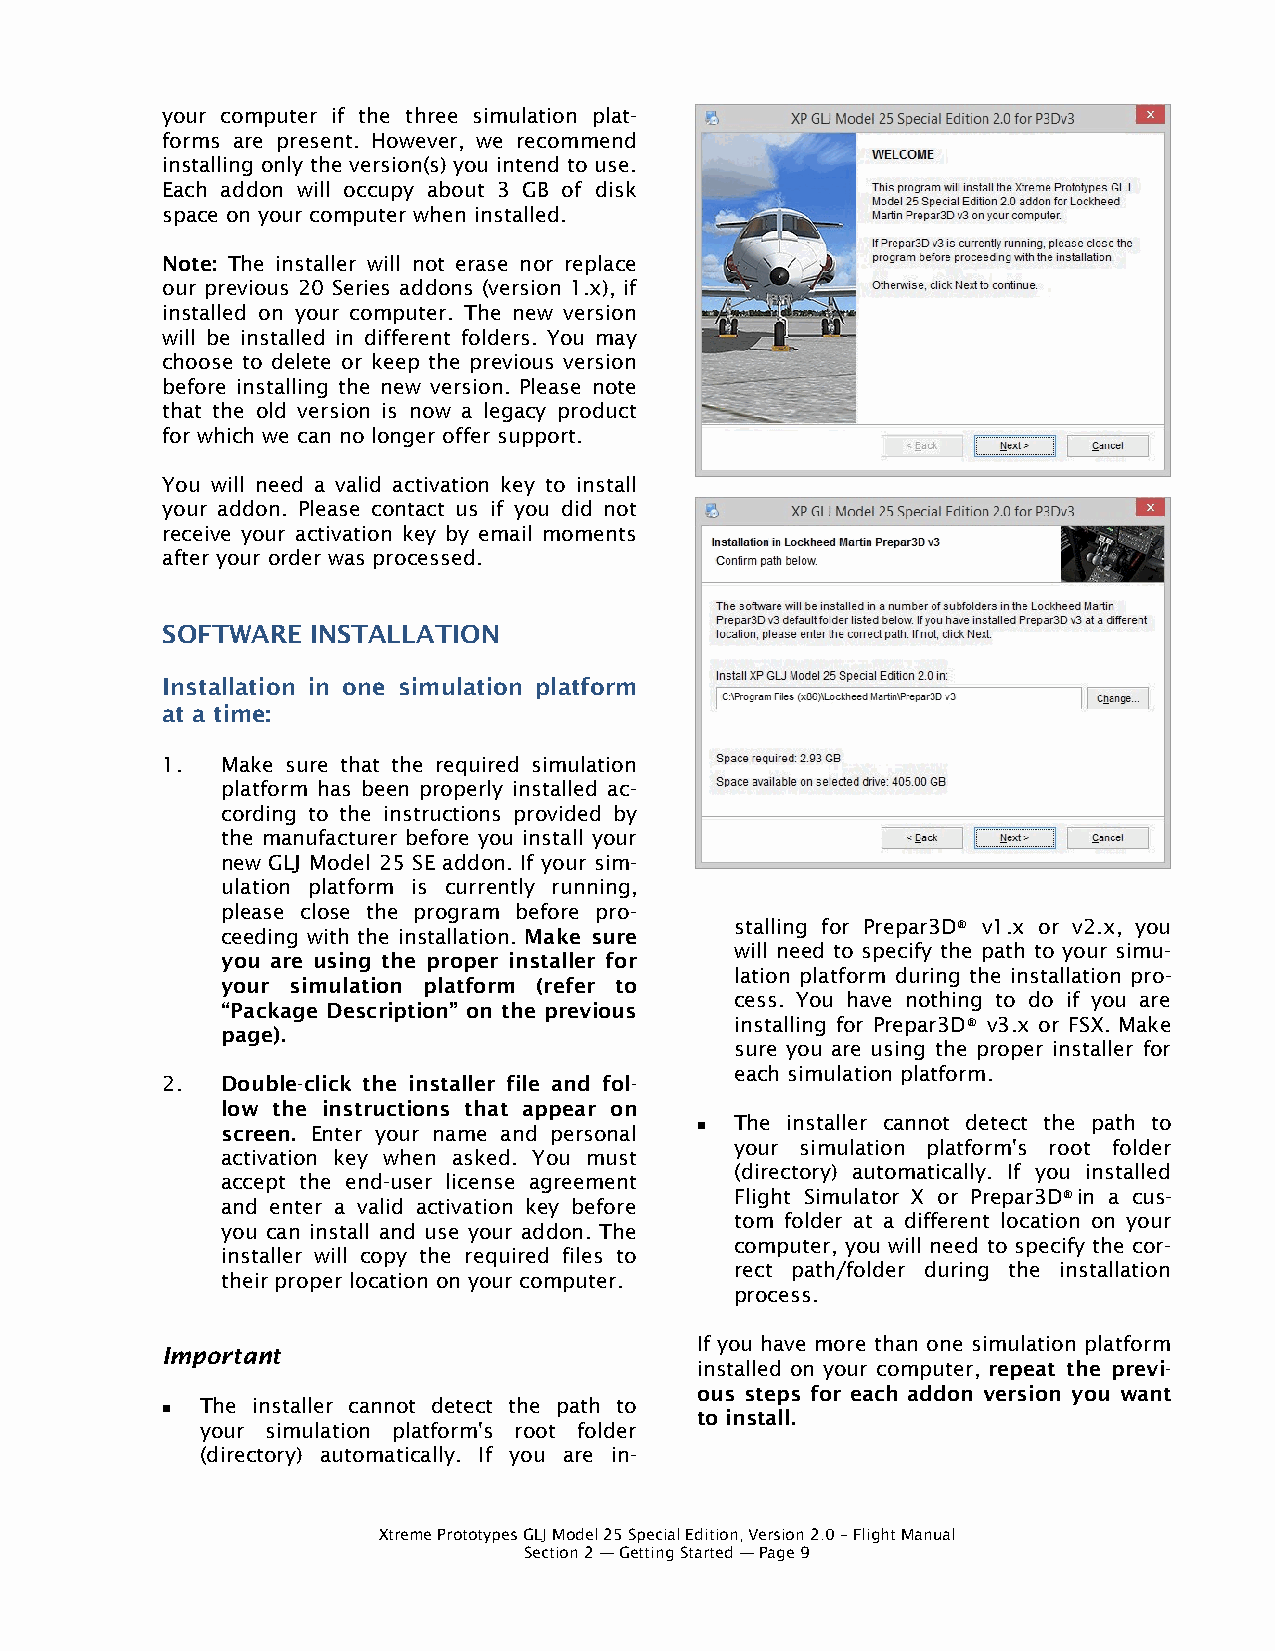
your computer if the three simulation plat-
 forms are present. However, we recommend
 installing only the version(s) you intend to use.
 Each addon will occupy about 3 GB of disk
 space on your computer when installed.
 Note: The installer will not erase nor replace
 our previous 20 Series addons (version 1.x), if
 installed on your computer. The new version
 will be installed in different folders. You may
 choose to delete or keep the previous version
 before installing the new version. Please note
 that the old version is now a legacy product
 for which we can no longer offer support.
 You will need a valid activation key to install
 your addon. Please contact us if you did not
 receive your activation key by email moments
 after your order was processed.
 SOFTWARE  INSTALLATION
 Installation in one simulation platform
 at a time:
 1.  Make sure that the required simulation
 platform has been properly installed ac-
 cording to the instructions provided by
 the manufacturer before you install your
 new GLJ Model 25 SE addon. If your sim-
 ulation platform is currently running,
 please close the program before pro-
 stalling for Prepar3D® v1.x or v2.x, you
 ceeding with the installation. Make sure
 will need to specify the path to your simu-
 you are using the proper installer for
 lation platform during the installation pro-
 your simulation platform (refer to
 cess. You have nothing to do if you are
 “Package Description” on the previous
 installing for Prepar3D® v3.x or FSX. Make
 page).
 sure you are using the proper installer for
 each simulation platform.
 2.  Double-click the installer file and fol-
 low the instructions that appear on
 The installer cannot detect the path to
 screen. Enter your name and personal 
 your simulation platform's root folder
 activation key when asked. You must
 (directory) automatically. If you installed
 accept the end-user license agreement
 Flight Simulator X or Prepar3D® in a cus-
 and enter a valid activation key before
 tom folder at a different location on your
 you can install and use your addon. The
 computer, you will need to specify the cor-
 installer will copy the required files to
 rect path/folder during the installation
 their proper location on your computer.
 process.
 If you have more than one simulation platform
 Important
 installed on your computer, repeat the previ-
 ous steps for each addon version you want
 The installer cannot detect the path to
                                   to install.
 your simulation platform's root folder
 (directory) automatically. If you are in-
 Xtreme Prototypes GLJ Model 25 Special Edition, Version 2.0 – Flight Manual
 Section 2 — Getting Started — Page 9